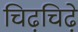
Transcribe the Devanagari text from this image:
चिढ़चिढ़े